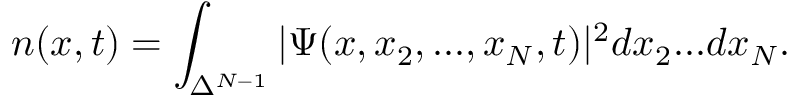
n ( x , t ) = \int _ { \Delta ^ { N - 1 } } | \Psi ( x , x _ { 2 } , . . . , x _ { N } , t ) | ^ { 2 } d x _ { 2 } . . . d x _ { N } .